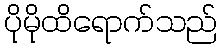
ပိုမိုထိရောက်သည်